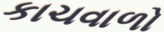
કાચવાળો